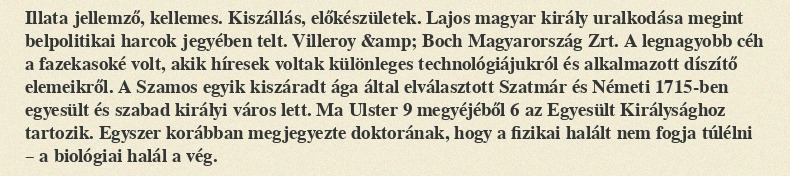
Illata jellemző, kellemes. Kiszállás, előkészületek. Lajos magyar király uralkodása megint belpolitikai harcok jegyében telt. Villeroy &amp; Boch Magyarország Zrt. A legnagyobb céh a fazekasoké volt, akik híresek voltak különleges technológiájukról és alkalmazott díszítő elemeikről. A Szamos egyik kiszáradt ága által elválasztott Szatmár és Németi 1715-ben egyesült és szabad királyi város lett. Ma Ulster 9 megyéjéből 6 az Egyesült Királysághoz tartozik. Egyszer korábban megjegyezte doktorának, hogy a fizikai halált nem fogja túlélni – a biológiai halál a vég.